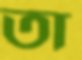
তা